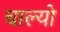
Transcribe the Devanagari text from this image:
चाल्‍यो